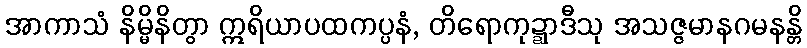
အာကာသံ နိမ္မိနိတွာ ဣရိယာပထကပ္ပနံ, တိရောကုဍ္ဍာဒီသု အသဇ္ဇမာနဂမနန္တိ